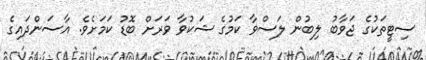
ސިޓީތަކުގެ ޖަވާބު ލިބުން ލަސްވާ ކަމުގެ ޝަކުވާ ވަރަށް ބޮޑު ކަމަށެވެ. އާސަންދައިގެ